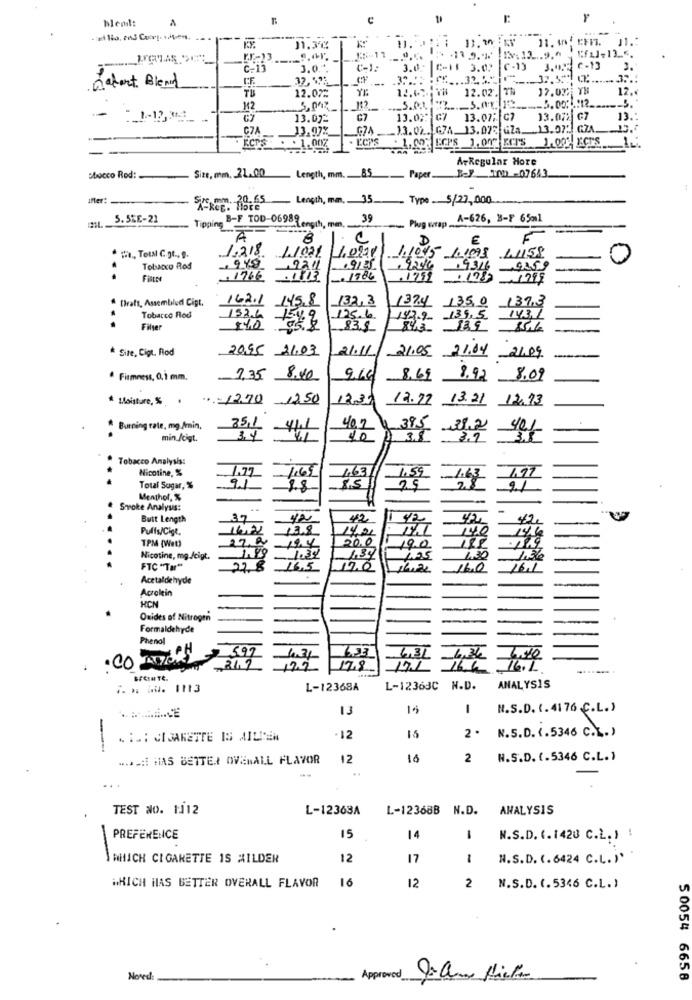
--
11.3℃
13 .9.% Ix:13.9.6
3.0.
3.0.
C-1 3.02
7-13
3.0.5
C-13
3.
Datent Blend
CF.
32,52:
.-.
.32.
... 32."
TB
12.07
YE
12.67.
12.02. 7%
17.02.
12.«
M2
- 1-12 3
13.072
C7
13.0%: G7 13.07; C7
13.07% G7
13.
C7A
13.97%
G74
_13.02. G7A. 13.075 GZa. 13.072 GZA.
. L'CPS
1,00 Er'S 1,00 KrTS 1.00 ECTS
ArRegular Hore
85
sbocco Rod:
Size, mm. 21.00
Length, mm ...
Paper
BY 100 -07643
inter:
--
Length, mm .. 35.
Type 5/27,000
5.5%E-21
Tipping B-F TOD-06989
Length, men,
39
Plug wrap.
A-626, B-F 65ml
8
C
1045
# ., Total C.t ., 9.
1.218 1.1001
Tobacco Rod
. 9246 , 9316
CASO
..
.1766
1986
. 1759
A Draft, Assembled Cigt,
162.1
132,3
139,3
13.2.4 135,0
..
Tobacco Rod
152.6
175.6
143.9 139,5
Filter
839
* Site, Cigt. Rod
20.95 21.03
21.11
21.05 21.04 21.09
Firmness, 0,1 mm,
1.35
8.40
9.66
8.69
8.92 8.09
* Moisture, % .
..= 12.70
12.50
12.30
12.72 13.21 12.93
25,1
A Burning rate, mg./min,
40,2
39 5 31.2
min /cigt.
10
3.7
Tobacco Analysis:
Nicotine, %
1.65
1.63
1.59
Total Sugar, %
9.1
1.8
25
21
Menthol, %
Smoke Analysis:
Butt Length
37
42
42
Puffs/Cigt.
13.8
140
14.6
TPM [Wet)
27.04
19.4
20.0
19.0
Nicotine, mg./cigt.
1.34
1.05
1,30
1.36
FTC "Tar"
27.8
16,5
16.0
16.1
Acetaldehyde
Acrolein
HON
Oxides of Nitrogen
Formaldehyde
Phenol
597
. CO LATORY
6.31
17.8
L-12368A
L-12363C N.D.
ANALYSIS
13
15
1
N.S.D. (. 41 76 C.L.)
N.S.D. ‹.5346 C.L.)
. I .: CIGARETTE IS MILIEN
12
-
.. ACHT HAS BETTER OVERALL FLAVOR
12
16
2
N.S.D. (.5346 C.L.)
...
TEST No. 1112
L-12363A
L-12368B N.D.
ANALYSIS
PREFERENCE
15
14
-
N.S.D. (.1420 C.L. ) !
-
WHICH CIGARETTE IS MILDER
12
17
N.S.D. (. 6424 C.L. )'
16
12
WHICH HAS BETTER OVERALL FLAVOR
2
N.S.D. (.5346 C.L.)
Nored:
Approved
5 0054 6658